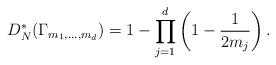
LaTeX: \begin{align*}D_N^*(\Gamma_{m_1,\ldots,m_d})=1-\prod_{j=1}^d\left(1-\frac{1}{2 m_j}\right).\end{align*}